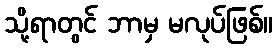
သို့ရာတွင် ဘာမှ မလုပ်ဖြစ်။